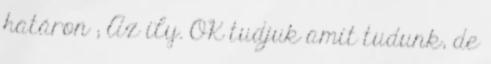
határon ; Az ily. OK tudjuk amit tudunk, de